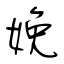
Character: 娩